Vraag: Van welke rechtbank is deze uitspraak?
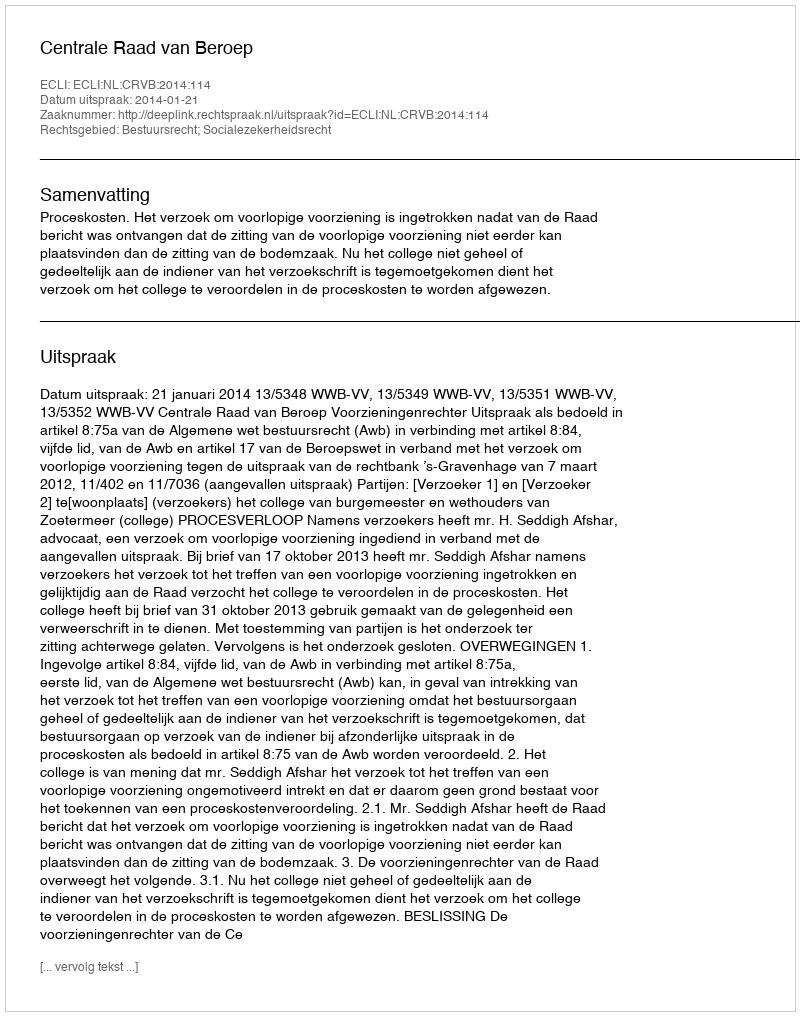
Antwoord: Centrale Raad van Beroep